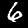
Digit: 6